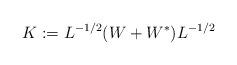
LaTeX: \begin{align*}K:=L^{-1/2}(W+W^{*})L^{-1/2}\end{align*}